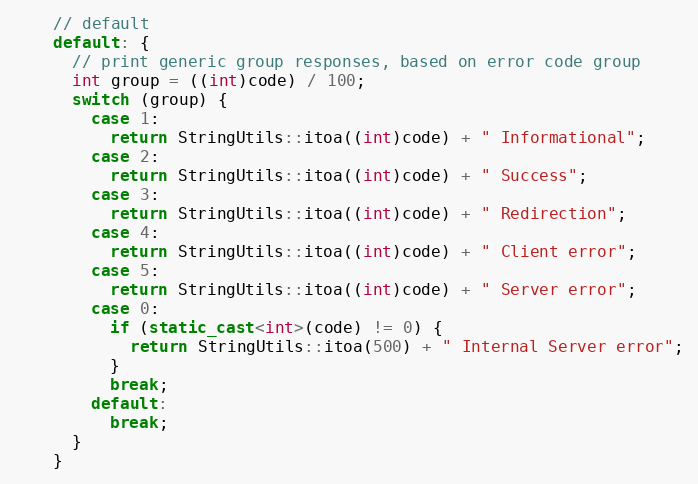
Language: C++
    // default
    default: {
      // print generic group responses, based on error code group
      int group = ((int)code) / 100;
      switch (group) {
        case 1:
          return StringUtils::itoa((int)code) + " Informational";
        case 2:
          return StringUtils::itoa((int)code) + " Success";
        case 3:
          return StringUtils::itoa((int)code) + " Redirection";
        case 4:
          return StringUtils::itoa((int)code) + " Client error";
        case 5:
          return StringUtils::itoa((int)code) + " Server error";
        case 0:
          if (static_cast<int>(code) != 0) {
            return StringUtils::itoa(500) + " Internal Server error";
          }
          break;
        default:
          break;
      }
    }